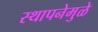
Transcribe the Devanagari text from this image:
स्थापनेमुळे